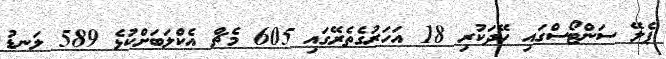
ޕެލޭ ސަންޓޯސްގައި ހޭދަކުރި 18 އަހަރުގެތެރޭގައި 605 މެޗް އެކްލަބަށްކުޅެ 589 ލަނޑު